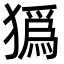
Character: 㺔